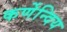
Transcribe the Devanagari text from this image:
कर्णेन्दिय